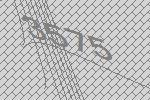
3575